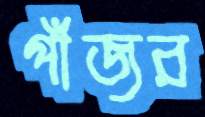
পাঁজর